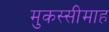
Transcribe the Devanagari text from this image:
मुकस्सीमाह